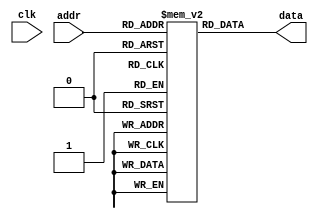
`timescale 1ns / 1ps
//////////////////////////////////////////////////////////////////////////////////
// Company: 
// Engineer: 
// 
// Design Name: 
// Module Name: program_memory
// Project Name: 
// Target Devices: 
// Tool Versions: 
// Description: 
// 
// Dependencies: 
// 
// Revision:
// Revision 0.01 - File Created
// Additional Comments:
// 
//////////////////////////////////////////////////////////////////////////////////

module program_memory
   #(
    parameter B = 16, // number of bits
              W = 11,  // number of address bits
              FILE=""
   )
   (
    input wire clk,
    input wire [W-1:0] addr,
    output wire [B-1:0] data
   );


   reg [B-1:0] array_reg [2**W-1:0];
   integer i;
   initial
       begin
           if(FILE !="")
               $readmemh(FILE, array_reg,0,2**W-1);
           else
           begin    
               for (i = 0; i < 2**W-1; i = i + 1)
                   array_reg[i] = {B{1'b0}};
           end
       end
   
  
   assign data = array_reg[addr];

endmodule











/*
module data_memory
   #(
    parameter B = 16, // number of bits
              W = 11  // number of address bits
   )
   (
    input wire clk,
    input wire wr_en,
    input wire [W-1:0] addr,
    input wire [B-1:0] w_data,
    output wire [B-1:0] r_data
   );

   // signal declaration
   reg [B-1:0] array_reg [2**W-1:0];

   // body
   // write operation
   always @(negedge clk)
      if (wr_en)
         array_reg[addr] <= w_data;
   // read operation
   assign r_data = array_reg[addr];

endmodule


*/













/*
module program_memory
#(
    parameter B = 16,
              W = 2 
)

 (
 input wire clk, 
 input wire Wr, Rd,
 input wire [10:0] Addr, 
 input wire [B-1:0] In_Data, 
 output wire [B-1:0] Out_Data
 );
    
  reg[B-1:0] arreglo [10:0];
  reg[B-1:0] regSalida;
    
  always @(posedge clk)
  begin 
      if (Wr)
      arreglo [Addr] <= In_Data; 
  end  
  
  
  always@(posedge clk)
  begin
  if(Rd) 
  begin 
    regSalida = arreglo [Addr];
  end
  end
  
    
   assign Out_Data = regSalida ;  
        
endmodule

*/